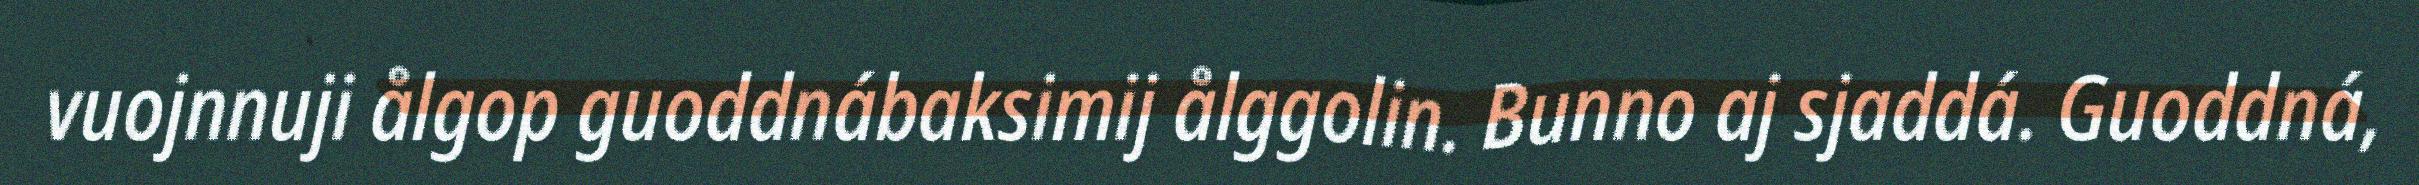
vuojnnuji ålgop guoddnábaksimij ålggolin. Bunno aj sjaddá. Guoddná,